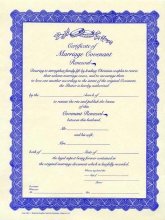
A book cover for Marriage Covenant Renewal: 8 1/2 X 11 Inch Certificate Has a Border Design with Two Rings and Flowers at the Top. May Be Used When a Couple Wishe; Broadman & Holman Publishers; Christian Books & Bibles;